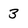
Character: 3